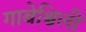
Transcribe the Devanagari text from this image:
गाबेश्विली